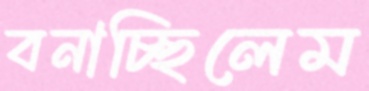
বনাচ্ছিলেম